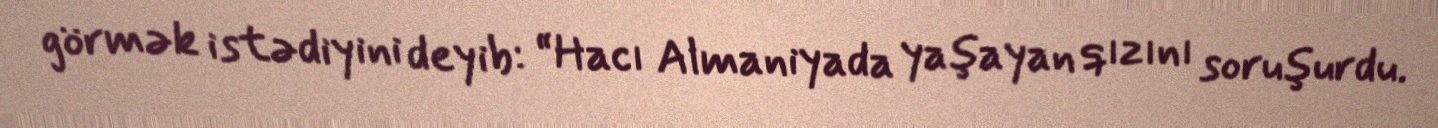
görmək istədiyini deyib: “Hacı Almaniyada yaşayan qızını soruşurdu.